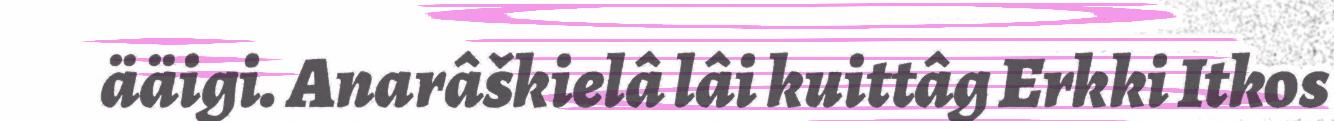
ääigi. Anarâškielâ lâi kuittâg Erkki Itkos